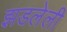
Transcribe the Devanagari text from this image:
झडलेली